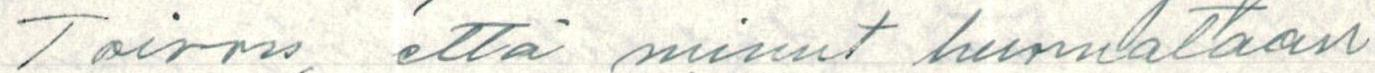
Toivon, että minut huomataan